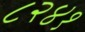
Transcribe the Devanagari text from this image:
८२४१